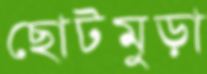
ছোটমুড়া